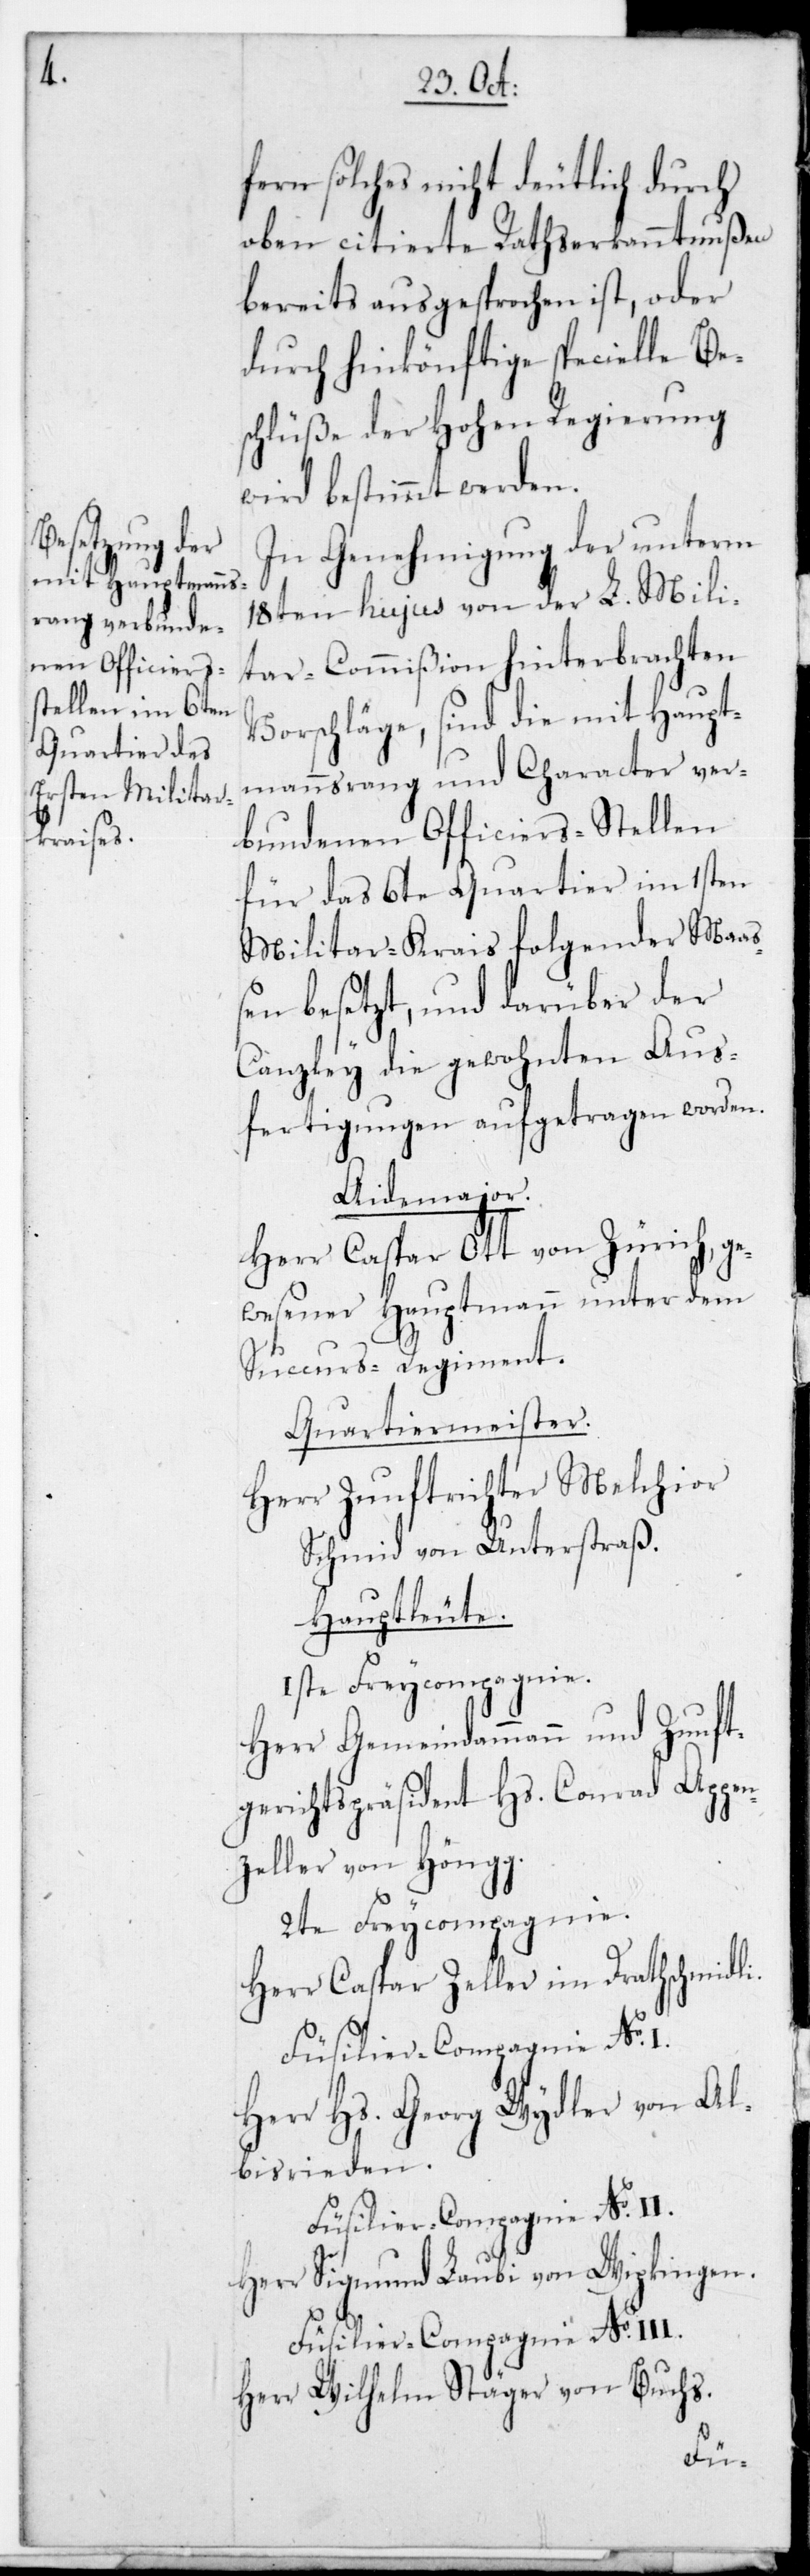
fern solches nicht deutlich durch
oben citierte Rathserkanntnußen
bereits ausgesprochen ist, oder
durch hinkönftige specielle Be¬
schlüße der Hohen Regierung
wird bestimmt werden.
In Genehmigung der unterm
18ten hujus von der L. Mili¬
tar-Commißion hinterbrachten
Vorschläge, sind die mit Haupt¬
mannsrang und Character ver¬
bundenen Officiers-Stellen
für das 6te Quartier im 1sten
Militar-Krais folgender Maa¬
ßen besetzt, und darüber der
Canzley die gewohnten Aus¬
fertigungen aufgetragen worden.
Aide-Major.
Herr Caspar Ott von Zürich, ge¬
wesener Hauptmann unter dem
Succurs-Regiment.
Quartiermeister.
Herr Zunftrichter Melchior
Schmid von Unterstraß.
Hauptleute.
1ste Freycompagnie.
Herr Gemeindammann und Zunft¬
gerichtspräsident Hs. Conrad Appen¬
zeller von Höngg.
2te Freycompagnie.
Herr Caspar Zeller im Drahtschmidli.
Füsilier-Compagnie No. I.
Herr Hs. Georg Wydler von Al¬
bisrieden.
Füsilier-Compagnie No. II.
Herr Sigmund Laubi von Wipkingen.
Füsilier-Compagnie No. III.
Herr Wilhelm Stäger von Buchs.